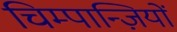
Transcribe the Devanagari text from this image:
चिम्पान्ज़ियों